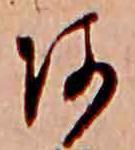
あ